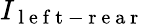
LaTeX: I_{\mathrm{~l~e~f~t~-~r~e~a~r~}}